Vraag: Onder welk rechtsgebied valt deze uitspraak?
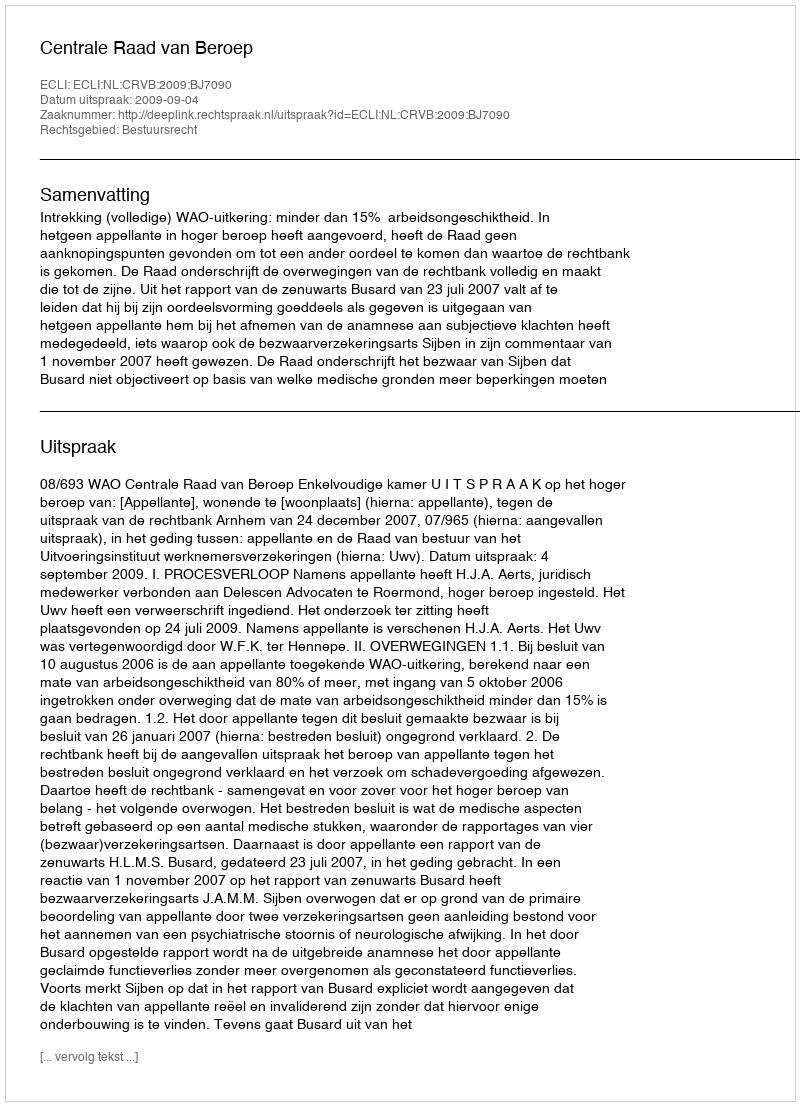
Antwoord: Bestuursrecht